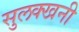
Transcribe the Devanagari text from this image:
सुलक्खनी